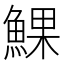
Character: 𩸄